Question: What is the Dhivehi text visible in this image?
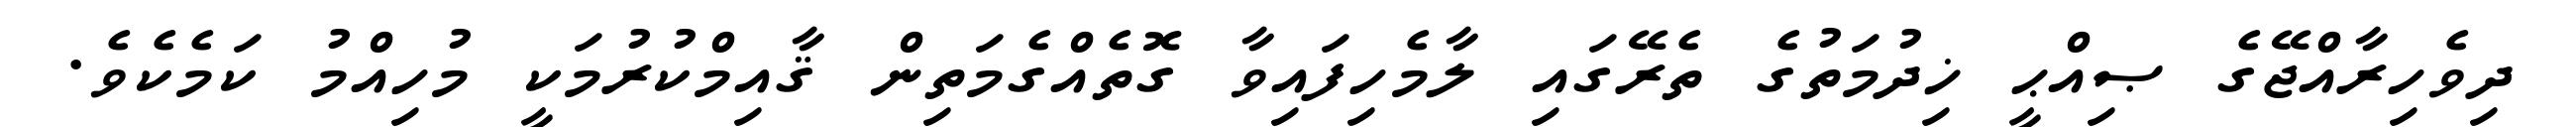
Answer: ދިވެހިރާއްޖޭގެ ޞިއްޙީ ޚިދުމަތުގެ ތެރޭގައި ލާމެހިފައިވާ ގޮތެއްގެމަތިން ޤާއިމްކުރުމަކީ މުހިއްމު ކަމެކެވެ.